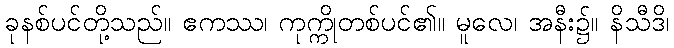
ခုနစ်ပင်တို့သည်။ ဧကဿ၊ ကုက္ကိုတစ်ပင်၏။ မူလေ၊ အနီး၌။ နိသီဒိ၊